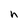
Character: h